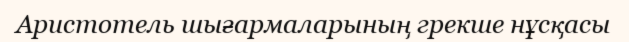
Аристотель шығармаларының грекше нұсқасы